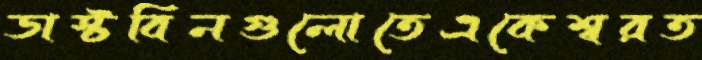
ডাস্টবিনগুলোতেএকেশ্বরত